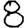
Digit: 8